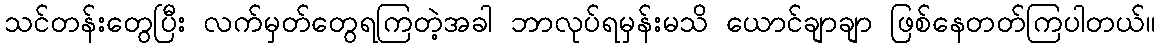
သင်တန်းတွေပြီး လက်မှတ်တွေရကြတဲ့အခါ ဘာလုပ်ရမှန်းမသိ ယောင်ချာချာ ဖြစ်နေတတ်ကြပါတယ်။